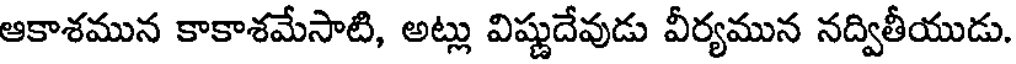
ఆకాశమున కాకాశమేసాటి, అట్లు విష్ణుదేవుడు వీర్యమున నద్వితీయుడు.